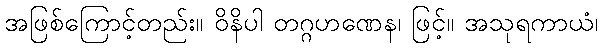
အဖြစ်ကြောင့်တည်း။ ဝိနိပါ တဂ္ဂဟဏေန၊ ဖြင့်။ အသုရကာယံ၊